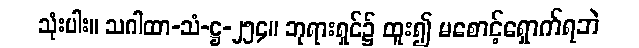
သုံးပါး။ သဂါထာ-သံ-ဋ္ဌ-၂၅၄။ ဘုရားရှင်၌ ထူး၍ မစောင့်ရှောက်ရဘဲ